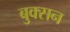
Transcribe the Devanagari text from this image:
बुक्सन